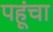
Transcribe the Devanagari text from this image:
पहूंचा